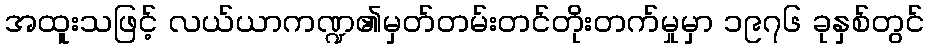
အထူးသဖြင့် လယ်ယာကဏ္ဍ၏မှတ်တမ်းတင်တိုးတက်မှုမှာ ၁၉၇၆ ခုနှစ်တွင်